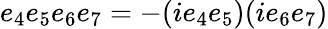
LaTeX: e_{4}e_{5}e_{6}e_{7}=-(ie_{4}e_{5})(ie_{6}e_{7})